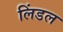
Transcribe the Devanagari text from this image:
लिंडल